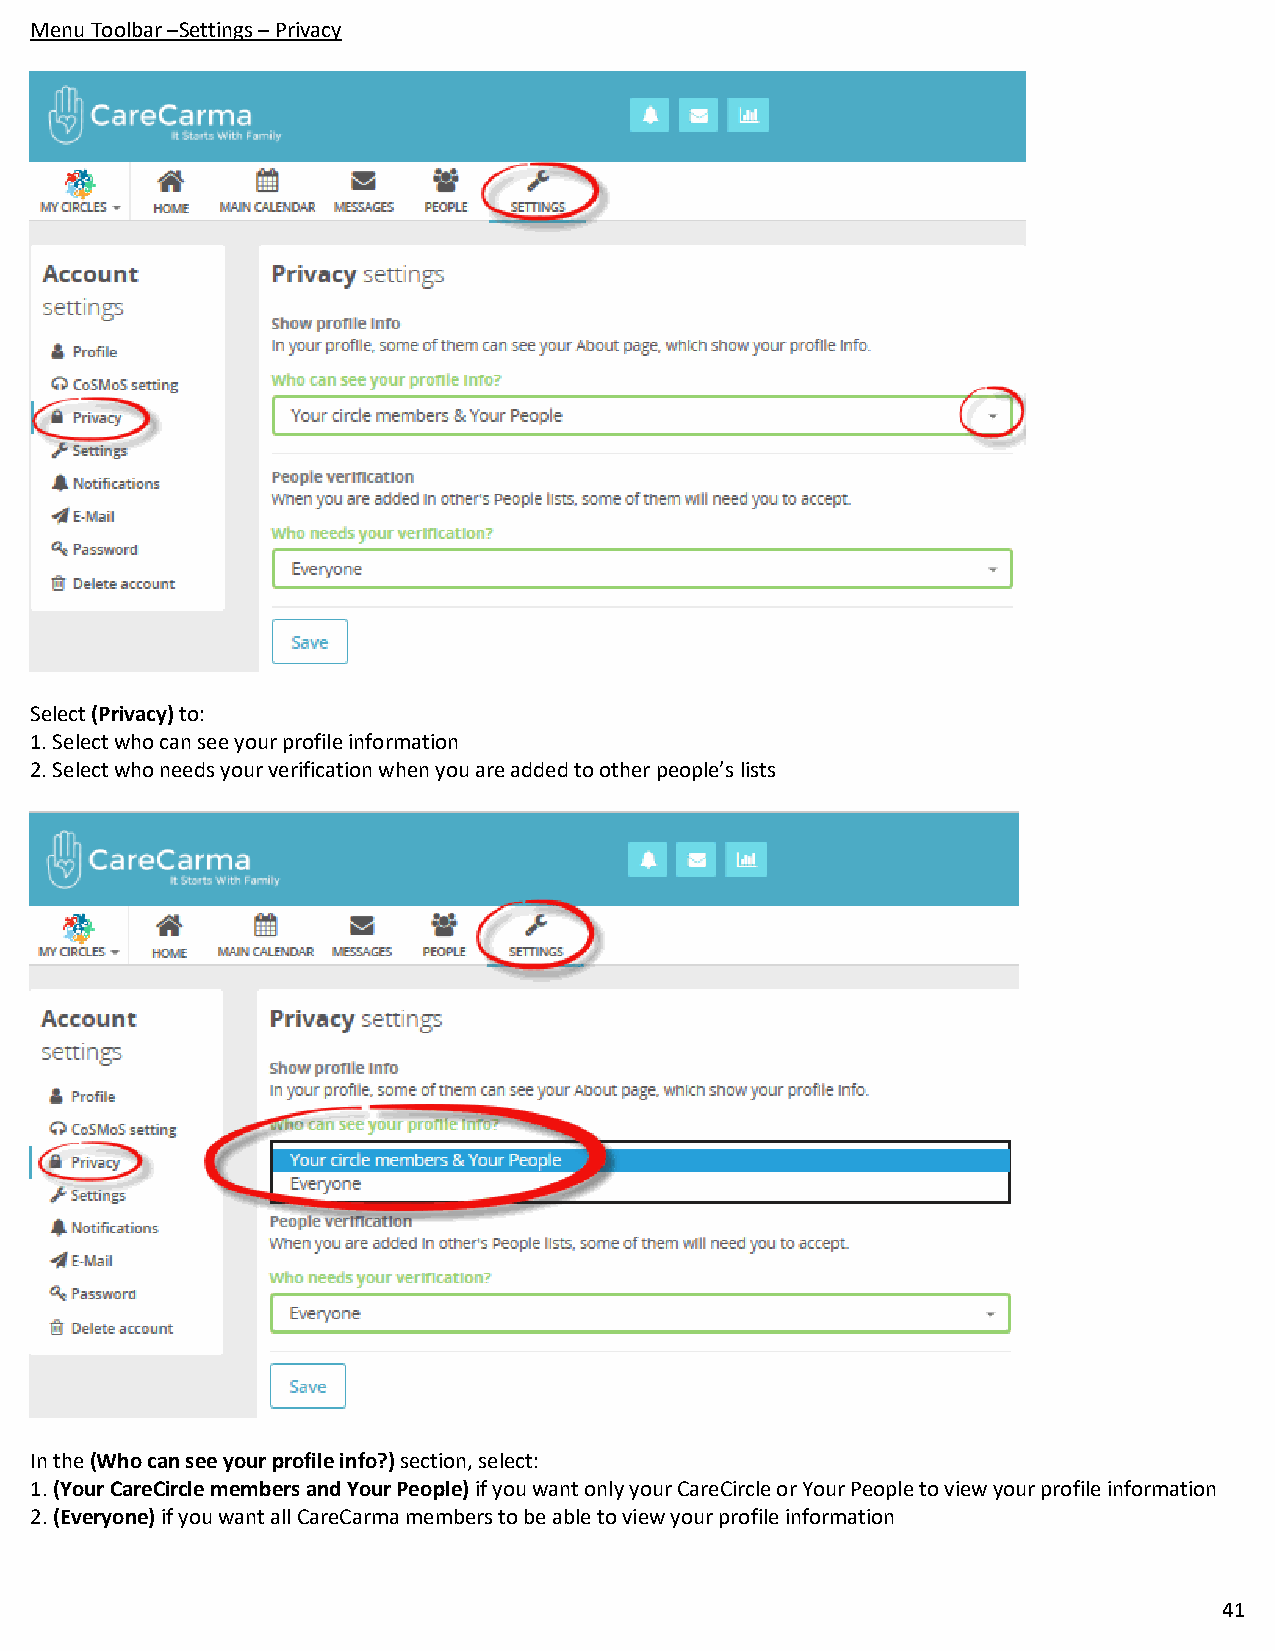
Menu Toolbar –Settings – Privacy
 Select (Privacy) to:
 1. Select who can see your profile information
 2. Select who needs your verification when you are added to other people’s lists
 In the (Who can see your profile info?) section, select:
 1. (Your CareCircle members and Your People) if you want only your CareCircle or Your People to view your profile information
 2. (Everyone) if you want all CareCarma members to be able to view your profile information
 41